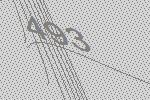
493